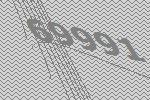
69991